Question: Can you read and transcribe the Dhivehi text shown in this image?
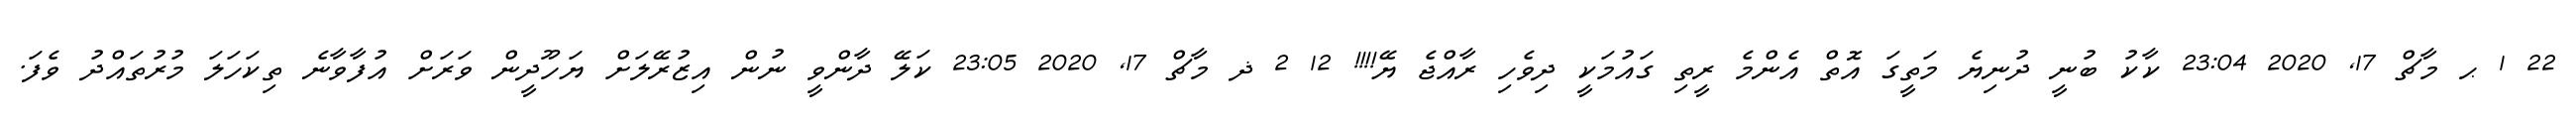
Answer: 22 1 ޙ މާޗް 17, 2020 23:04 ކާކު ބުނީ ދުނިޔެ މަތީގަ އޮތް އެންމެ ރީތި ގައުމަކީ ދިވެހި ރާއްޖެ ޔޭ!!!! 12 2 ޛ މާޗް 17, 2020 23:05 ކަލޭ ދާންވީ ނުން އިޒުރޭލަށް ޔަހޫދީން ވަރަށް އުފާވާނެ ތިކަހަލަ މުރުތައްދު ވެފަ.